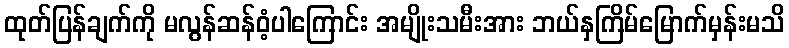
ထုတ်ပြန်ချက်ကို မလွန်ဆန်ဝံ့ပါကြောင်း အမျိုးသမီးအား ဘယ်နှကြိမ်မြောက်မှန်းမသိ